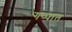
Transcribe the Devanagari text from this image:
गप्पात